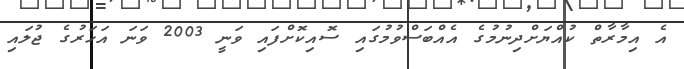
އެ އިމާރާތް ކުއްޔަށްދިނުމުގެ އެއްބަސްވުމުގައި ސޮއިކޮށްފައި ވަނީ 2003 ވަނަ އަހަރުގެ ޖުލައި